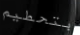
بتحطيم